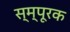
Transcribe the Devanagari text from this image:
स्म्पूरक